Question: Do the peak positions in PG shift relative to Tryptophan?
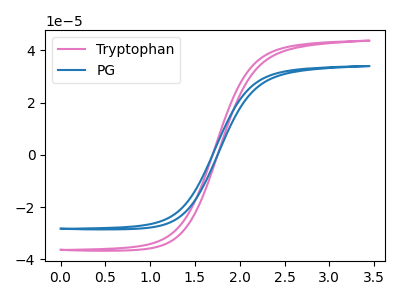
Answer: <think>The pink curve "Tryptophan" has no peaks. The blue curve "PG" has no peaks.
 Neither "PG" or "Tryptophan" have any peaks.</think>
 <answer>No, "PG" and "Tryptophan" don't appear to be significantly different in shape</answer>
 <eval>no_change</eval>